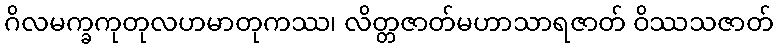
ဂိလမက္ခကုတုလဟမာတုကဿ၊ လိတ္တဇာတ်မဟာသာရဇာတ် ဝိဿသဇာတ်